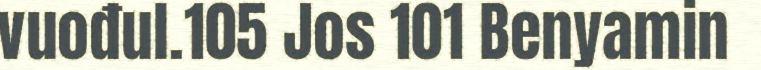
vuođul.105 Jos 101 Benyamin